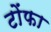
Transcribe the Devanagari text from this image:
टोंफा